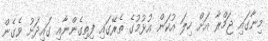
މިނާގައި ޖަމްރާ އަށް ހިލަ އުކަން އުޅުމުގެ ތެރޭގައި ފިތިގެންނާއި ގައިދަށު ވެގެން